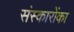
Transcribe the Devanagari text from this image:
संस्कारोंका